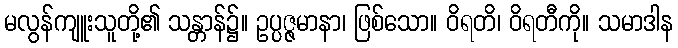
မလွန်ကျူးသူတို့၏ သန္တာန်၌။ ဥပ္ပဇ္ဇမာနာ၊ ဖြစ်သော။ ဝိရတိ၊ ဝိရတီကို။ သမာဒါန